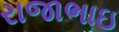
રાજાભાઇ